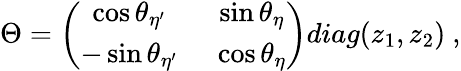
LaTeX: \Theta=\left(\begin{array}{cc}{{\cos\theta_{\eta^{\prime}}}}&{{~\sin\theta_{\eta}}}\\ {{-\sin\theta_{\eta^{\prime}}}}&{{~\cos\theta_{\eta}}}\end{array}\right)diag(z_{1},z_{2})~,